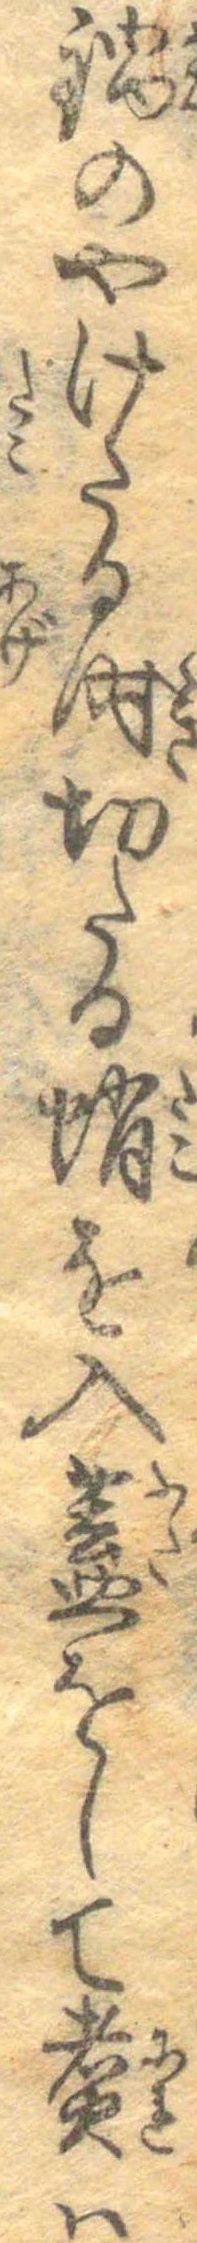
鍋のやけたる時切たる蛸を入蓋をして煮は